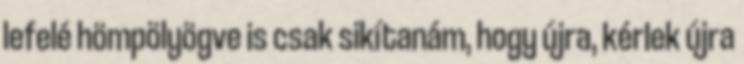
lefelé hömpölyögve is csak sikítanám, hogy újra, kérlek újra